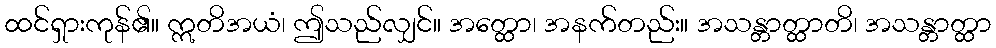
ထင်ရှားကုန်၏။ ဣတိအယံ၊ ဤသည်လျှင်။ အတ္ထော၊ အနက်တည်း။ အသန္တာတ္ထာတိ၊ အသန္တာတ္ထာ